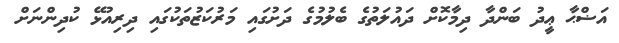
އަޟްޙާ ޢީދު ބަންދާ ދިމާކޮށް ދައުލަތުގެ ބެލުމުގެ ދަށުގައި މަރުކަޒުތަކުގައި ދިރިއުޅޭ ކުދިންނަށް